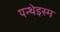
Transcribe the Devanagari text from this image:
पन्थेइस्म